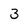
Character: 3